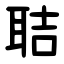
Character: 聐